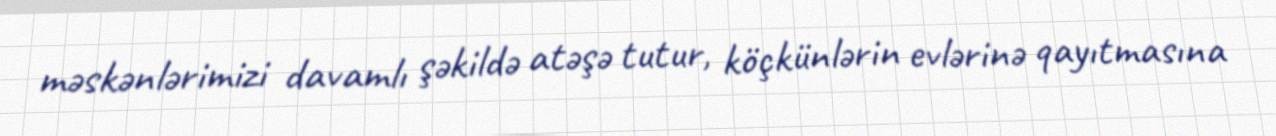
məskənlərimizi davamlı şəkildə atəşə tutur, köçkünlərin evlərinə qayıtmasına